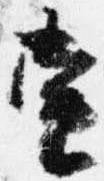
当